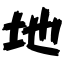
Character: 地